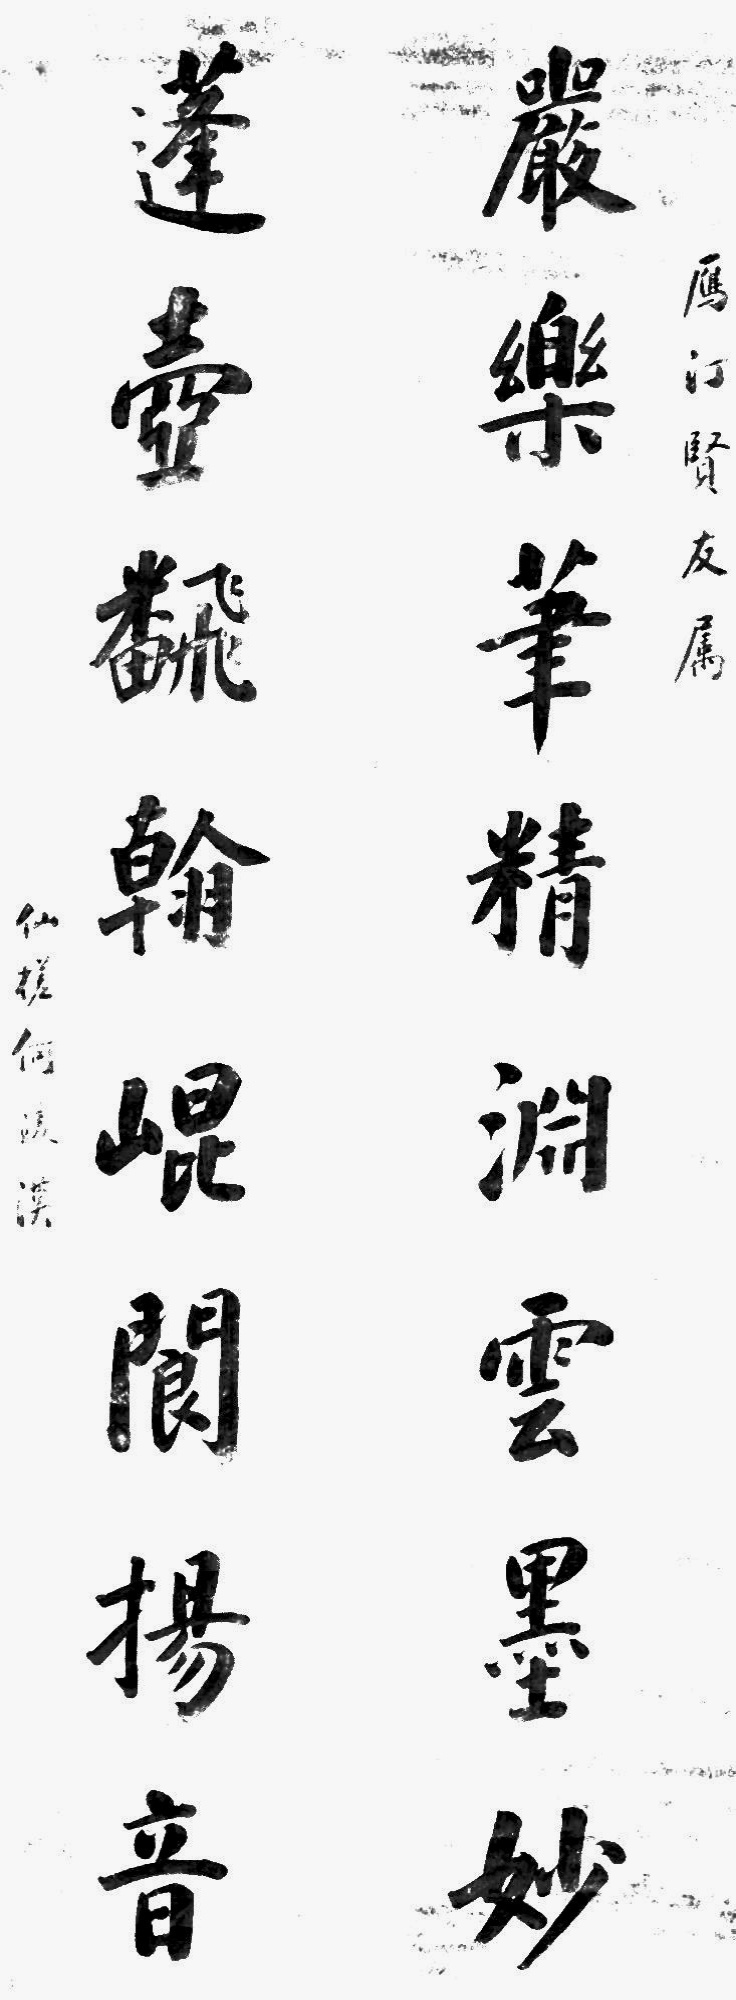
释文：严乐笔精渊云墨妙，蓬壶翻翰崐阆扬音。雁汀贤友属，仙槎何凌汉。